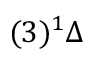
( 3 ) ^ { 1 } \Delta